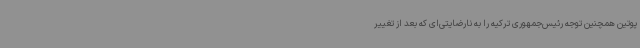
پوتین همچنین توجه رئیس‌جمهوری ترکیه را به نارضایتی‌ای که بعد از تغییر